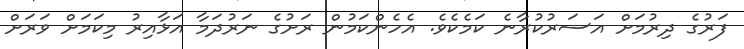
ފަރުގެ ދިރުމަށް އަސަރުކުރާނެ ކަމެކެވެ. އެހެންކަމުން ރަށުގެ ނަރުދަމާ އަޅާއިރު މިކަމަށް ވަރަށް